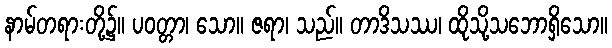
နာမ်တရားတို့၌။ ပဝတ္တာ၊ သော။ ဇရာ၊ သည်။ တာဒိသဿ၊ ထိုသို့သဘောရှိသော။